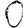
Digit: 0